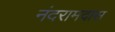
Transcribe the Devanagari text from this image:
नंदरामदास